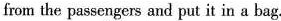
from the passengers and put it in a bag.